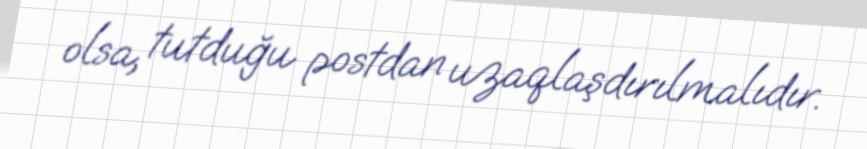
olsa, tutduğu postdan uzaqlaşdırılmalıdır.